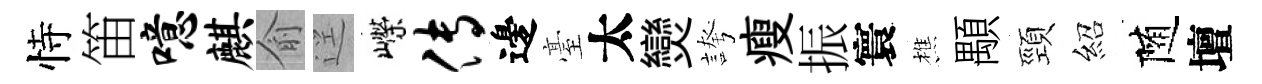
恃笛噫麒俞逕嶸传邊臺太𤓖誇瘦振寰樵顒頸紹随壇